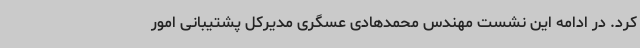
کرد. در ادامه این نشست مهندس محمدهادی عسگری مدیرکل پشتیبانی امور